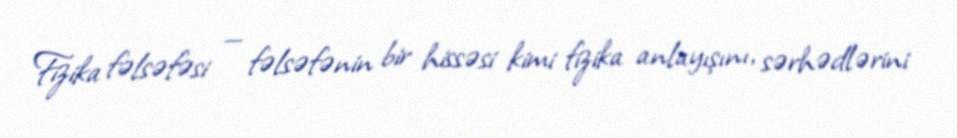
Fizika fəlsəfəsi — fəlsəfənin bir hissəsi kimi fizika anlayışını, sərhədlərini